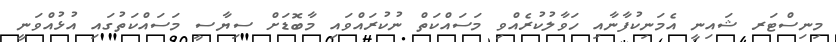
މިނިސްޓަރ ޝައިނީ އެމަނިކުފާނާއި ހަވާލުކުރެއްވި މަސައްކަތް ނުކުރައްވައި މާބޮޑަށް ސިޔާސީ މަސައްކަތުގައި އުޅުއްވަނީ